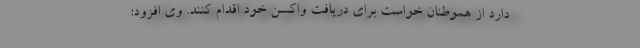
دارد از هموطنان خواست برای دریافت واکسن خود اقدام کنند. وی افزود: